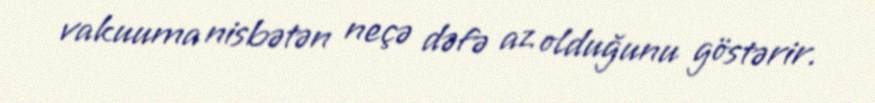
vakuuma nisbətən neçə dəfə az olduğunu göstərir.